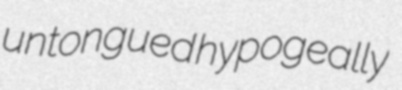
untongued hypogeally